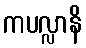
ကပလ္လာနိ